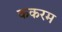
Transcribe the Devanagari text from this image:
ककरम